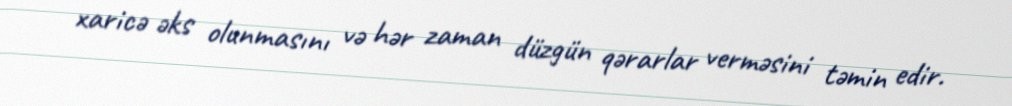
xaricə əks olunmasını və hər zaman düzgün qərarlar verməsini təmin edir.